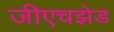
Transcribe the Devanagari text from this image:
जीएचझेड